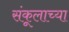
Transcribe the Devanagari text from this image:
संकूलाच्या